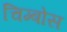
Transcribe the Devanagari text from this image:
चिम्बोस